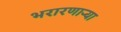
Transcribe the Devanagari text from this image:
भरारणाऱ्या